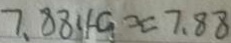
7 . 8 8 F G \approx 7 . 8 8